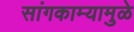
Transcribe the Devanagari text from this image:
सांगकाम्यामुळे